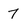
Character: 7